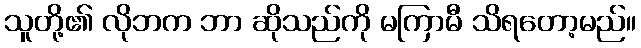
သူတို့၏ လိုဘက ဘာ ဆိုသည်ကို မကြာမီ သိရတော့မည်။